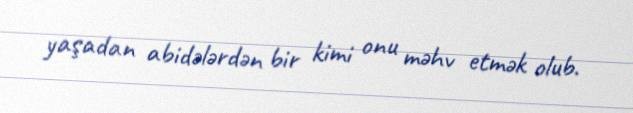
yaşadan abidələrdən bir kimi onu məhv etmək olub.